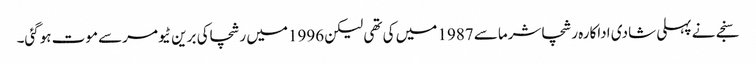
سنجے نے پہلی شادی اداکارہ رشچاشرماسے 1987 میں کی تھی لیکن 1996میں رشچاکی برین ٹیومرسے موت ہوگئی۔